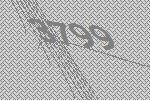
3799